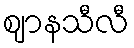
ဈာနသီလီ